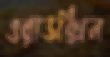
ওরাডক্সিন